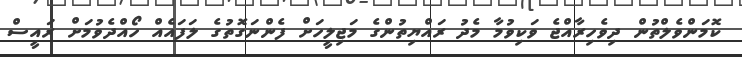
ކޮމަންވެލްތުން ދިވެހިރާއްޖެ ވަކިވުމާ މެދު ރައްޔިތުންގެ މަޖިލީހަށް ފެންނަގޮތުގެ ލަފައެއް ހޯއްދެވުމަށް ރައީސް